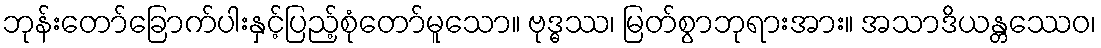
ဘုန်းတော်ခြောက်ပါးနှင့်ပြည့်စုံတော်မူသော။ ဗုဒ္ဓဿ၊ မြတ်စွာဘုရားအား။ အသာဒိယန္တဿေဝ၊